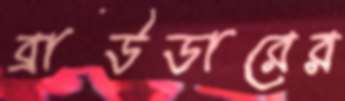
ব্রাউডারের